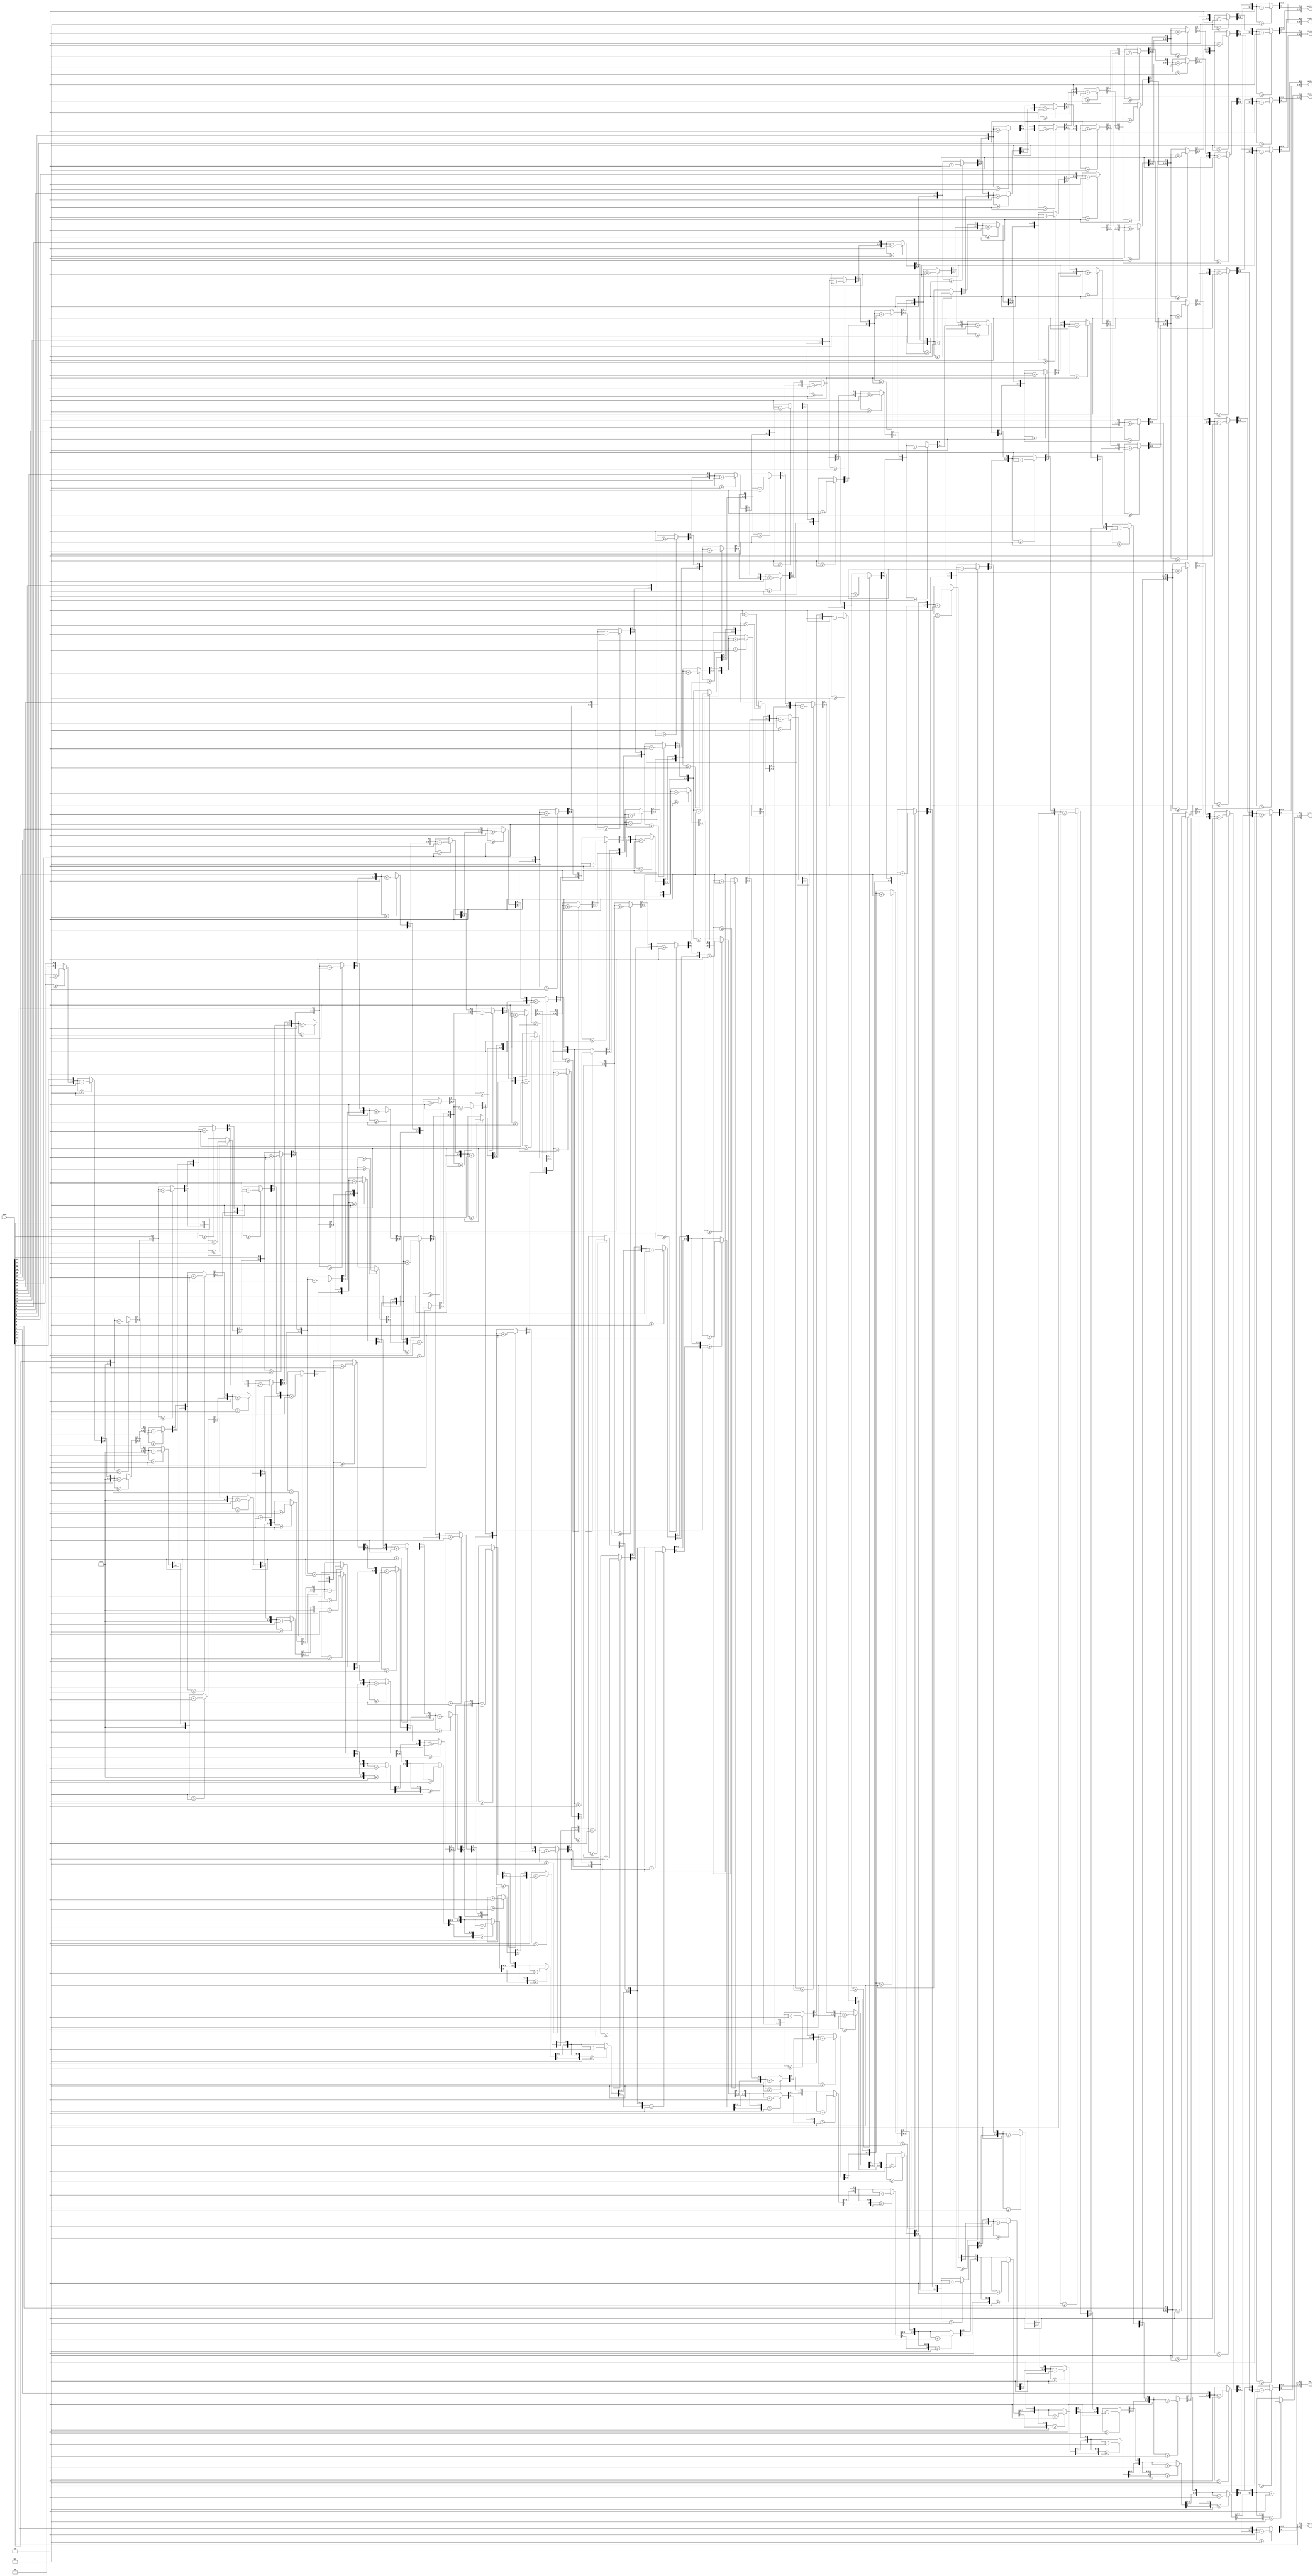
module dado_bcd(
//Codigo traduzido de uma fonte
//Codigo original disponivel em: https://pubweb.eng.utah.edu/~nmcdonal/Tutorials/BCDTutorial/BCDConversion.html
input [25:0] dado,
output reg[3:0] zero,
output reg[3:0] um,
output reg[3:0] dois,
output reg[3:0] tres,
output reg[3:0] quatro,
output reg[3:0] cinco,
output reg[3:0] seis,
output reg[3:0] sete);

integer i;
always @(dado)
begin
	sete = 4'd0;
	seis = 4'd0;
	cinco = 4'd0;
	quatro = 4'd0;
	tres = 4'd0;
	dois = 4'd0;
	um = 4'd0;
	zero = 4'd0;
	
	for(i=25; i>=0; i=i-1)
	begin
		if(sete>=5)
			sete = sete + 4'd3;
		if(seis>=5)
			seis = seis + 4'd3;
		if(cinco>=5)
			cinco = cinco + 4'd3;
		if(quatro>=5)
			quatro = quatro + 4'd3;
		if(tres>=5)
			tres = tres + 4'd3;
		if(dois>=5)
			dois = dois + 4'd3;
		if(um>=5)
			um = um + 4'd3;
		if(zero>=5)
			zero = zero + 4'd3;
		
		sete = sete << 1;
		sete[0] = seis[3];
		seis = seis << 1;
		seis[0] = cinco[3];
		cinco = cinco << 1;
		cinco[0] = quatro[3];
		quatro = quatro << 1;
		quatro[0] = tres[3];	
		tres = tres << 1;	
		tres[0] = dois[3];
		dois = dois << 1;
		dois[0] = um[3];
		um = um << 1;
		um[0] = zero[3];
		zero = zero << 1;
		zero[0] = dado[i];
	end
end

endmodule